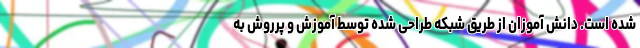
شده است. دانش آموزان از طریق شبکه طراحی شده توسط آموزش و پرروش به